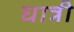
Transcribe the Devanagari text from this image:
घात्री